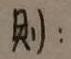
则):